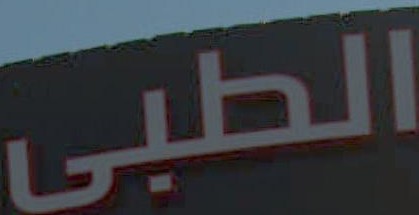
الطبي